Annual administration and progress report of the Indian Medical Department, Bombay
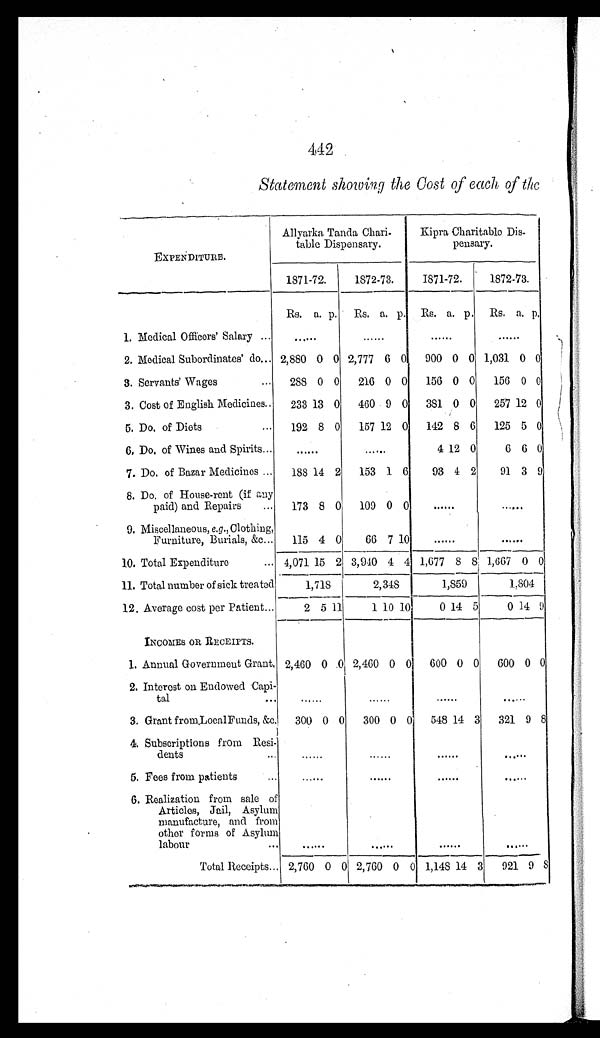
442
Statement showing the Cost of each of the
EXPENDITURE.
Allyarka Tanda Chari
-table Dispensary.
Kipra Charitable Dis
-pensary.
1871-72.
1872-73,
1871-72.
1872-73.
Rs. a. p.
Rs. a. p. Re. a. p. Rs. a. p.
1. Medical Officers' Salary . . .
. . .
. . .
. . .
. . .
2. Medical Subordinates' do . . . 2,880 0 0 2,777 6 0
900 0 0 1,031 0 0
3. Servants' Wages . . .
288 0 0
216 0 0
156 0 0
156 0 0
4. Cost of English Medicines . . .
233 13 0
460 9 0
381 0 0
257 12 0
5. Do, of Diets . . .
192 8 0
157 12 0
142 8 6
125 5 0
6. Do, of Wines and Spirits . . .
. . .
. . .
4 12 0
6 6 0
7. Do. of Bazar Medicines . . .
188 14 2
153 1 6
93 4 2
91 3 9
8. Do. of House-rent (if any
paid) and Repairs . . .
173 8 0
109 0 0
. . .
. . .
9. Miscellaneous, e.g., Clothing,
Furniture, Burials, &c . . .
115 4 0
66 7 10
. . .
. . .
10. Total Expenditure . . . 4,071 15 2 3,940 4 4 1,677
8 8 1,667 0 0
11. Total number of sick treated
1,718
2,348
1,859
1.804
12. Average cost per Patient . . .
2 5 11
1 10 10
0 14 5
0 14 9
INCOMES OR RECEIPTS.
1. Annual Government Grant. 2,460 0 0 2,460 0 0
600 0 0
600 0 0
2. Interest on Endowed Capi
-tal . . .
. . .
. . .
. . .
. . .
3. Grant from, Local Funds, &c.
300 0 0
300 0 0
548 14 3
321 9 8
4. Subscriptions from Resi
-dents
. . .
. . .
. . .
. . .
5. Fees from patients . . .
. . .
. . .
. . .
. . .
6. Realization from sale of
Articles, Jail, Asylum
manufacture, and from
other forms of Asylum
labour . . .
. . .
. . .
. . .
. . .
Total Receipts . . . 2,760 0 0 2,760 0 0 1,148 14 3
921 9 8